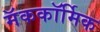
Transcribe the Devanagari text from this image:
मॅककॉर्मिक